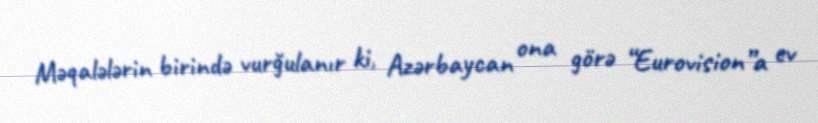
Məqalələrin birində vurğulanır ki, Azərbaycan ona görə “Eurovision”a ev